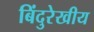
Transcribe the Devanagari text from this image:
बिंदुरेखीय